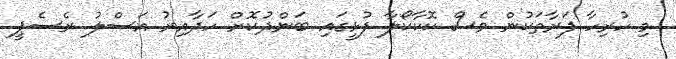
މި ހުރިހާ ފަރާތަކުން ވެސް ކޮކާކޯލާ ފުޅީގައި ބަންދުކޮށް ހަދާއިރު އަސްލު ރެސެޕީ